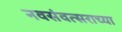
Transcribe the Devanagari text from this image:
नवसंवत्सराच्या